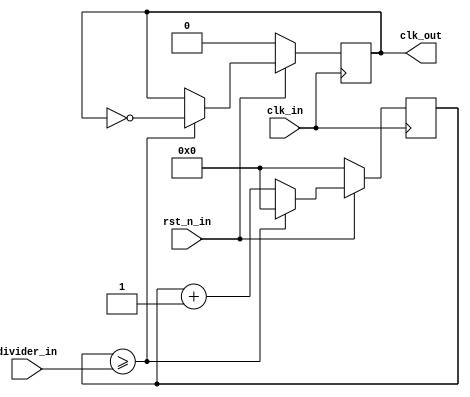
`timescale 1ns / 1ps
//////////////////////////////////////////////////////////////////////////////////
// Company: 
// Engineer: 
// 
// Design Name: 
// Module Name: ClockDivider
// Project Name: 
// Target Devices: 
// Tool Versions: 
// Description: 
// 
// Dependencies: 
// 
// Revision:
// Revision 0.01 - File Created
// Additional Comments:
// 
//////////////////////////////////////////////////////////////////////////////////


module ClockDivider(
    input clk_in,
    input rst_n_in,
    input [31:0] divider_in,
    output reg clk_out
    );
    
    reg [31:0] count=31'b0;
    reg [31:0] cur_divider=31'b0;
     
    always @ (posedge(clk_in))
    begin
        if (rst_n_in == 1'b0)
            count <= 31'b0;
        else if (count >= divider_in)
            count <= 31'b0;
        else
            count <= count + 1;
    end
    
    always @ (posedge(clk_in))
    begin
        if (rst_n_in == 1'b0)
            clk_out <= 1'b0;
        else  if (count >= divider_in)
            clk_out <= ~clk_out;
        else
            clk_out <= clk_out;
    end

endmodule